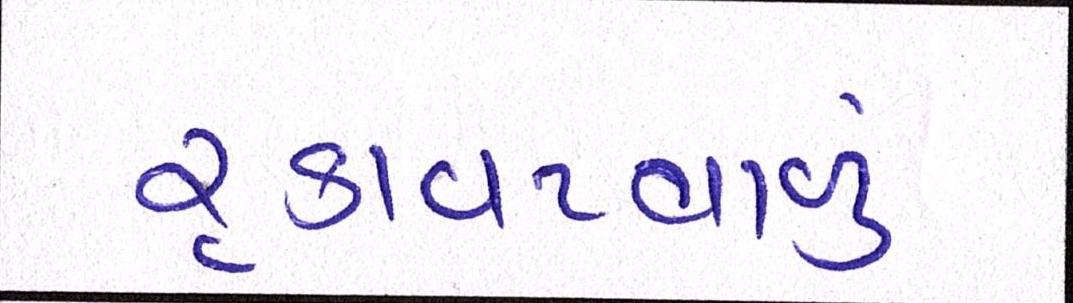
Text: રૃકાવટવાળું